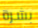
بشرة